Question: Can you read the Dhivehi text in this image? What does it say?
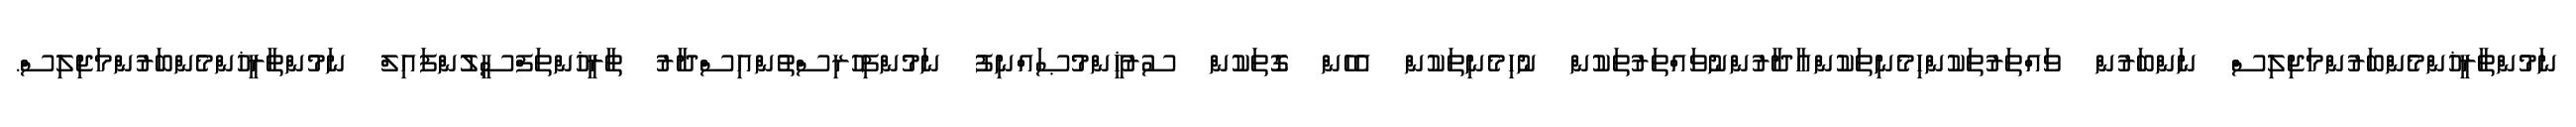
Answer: ނަމުންތާރީޚުންމެންބަރުންމަޖިލިސް ނަންބަރުން ވައްތަރުތަކުންހިމެނިތަކުންއާދާރުންނުވައްތަރުތަކުން ނުހިމެނިތަކުން އެހެން ގޮތަކުން ސުރުޚީންމުޞައްނިފު ނަމުންފިހުރިސްތުންއިސްދާރު ތާރީޚުންތަފްސީލުންފައިލް ނަމުންތާރީޚުންމެންބަރުންމަޖިލިސް.